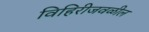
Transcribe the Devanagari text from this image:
विहिरीजवळील